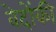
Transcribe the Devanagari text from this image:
वेदोंकी